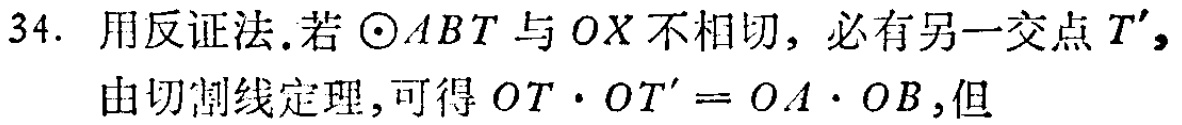
34. 用反证法.若$\odot ABT$与$OX$不相切，必有另一交点$T'$，
由切割线定理,可得$OT\cdot OT' = OA\cdot OB$,但